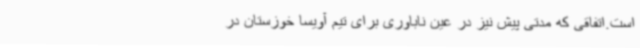
است.اتفاقی که مدتی پیش نیز در عین ناباوری برای تیم آویسا خوزستان در